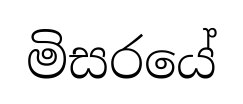
මිසරයේ